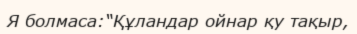
Я болмаса:“Құландар ойнар қу тақыр,